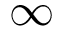
\infty